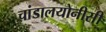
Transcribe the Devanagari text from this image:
चांडालयोनीसी